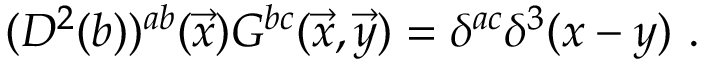
( D ^ { 2 } ( b ) ) ^ { a b } ( { \vec { x } } ) G ^ { b c } ( \vec { x } , \vec { y } ) = \delta ^ { a c } \delta ^ { 3 } ( x - y ) ~ .